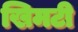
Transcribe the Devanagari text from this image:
खिमटी